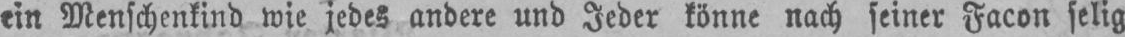
ein Menschenkind wie jedes andere und Jeder könne nach seiner Facon selig